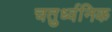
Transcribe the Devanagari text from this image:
चतुर्ध्वनिक